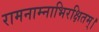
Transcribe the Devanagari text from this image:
रामनाम्नाभिरक्षितम्‌।